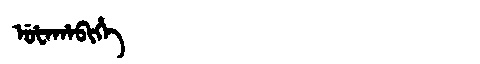
Manchu: ᡠᡶᠠᡥᠠᠪᡳᡥᡝ
Romanization: UFAHABIHE